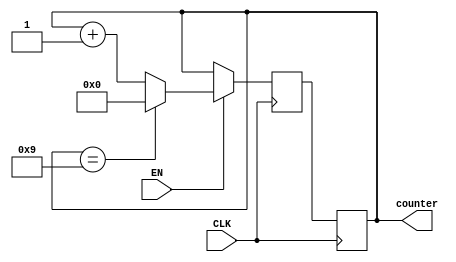
module BCD_Up_Counter_with_Enable (
    input wire CLK,
    input wire EN,
    output reg [3:0] counter
);

reg [3:0] next_counter;
    
always @(posedge CLK) begin
    if(EN) begin
        if(counter == 4'b1001) begin
            next_counter <= 4'b0000;
        end
        else begin
            next_counter <= counter + 1;
        end
    end
    else begin
        next_counter <= counter;
    end
end

always @(posedge CLK) begin
    counter <= next_counter;
end

endmodule